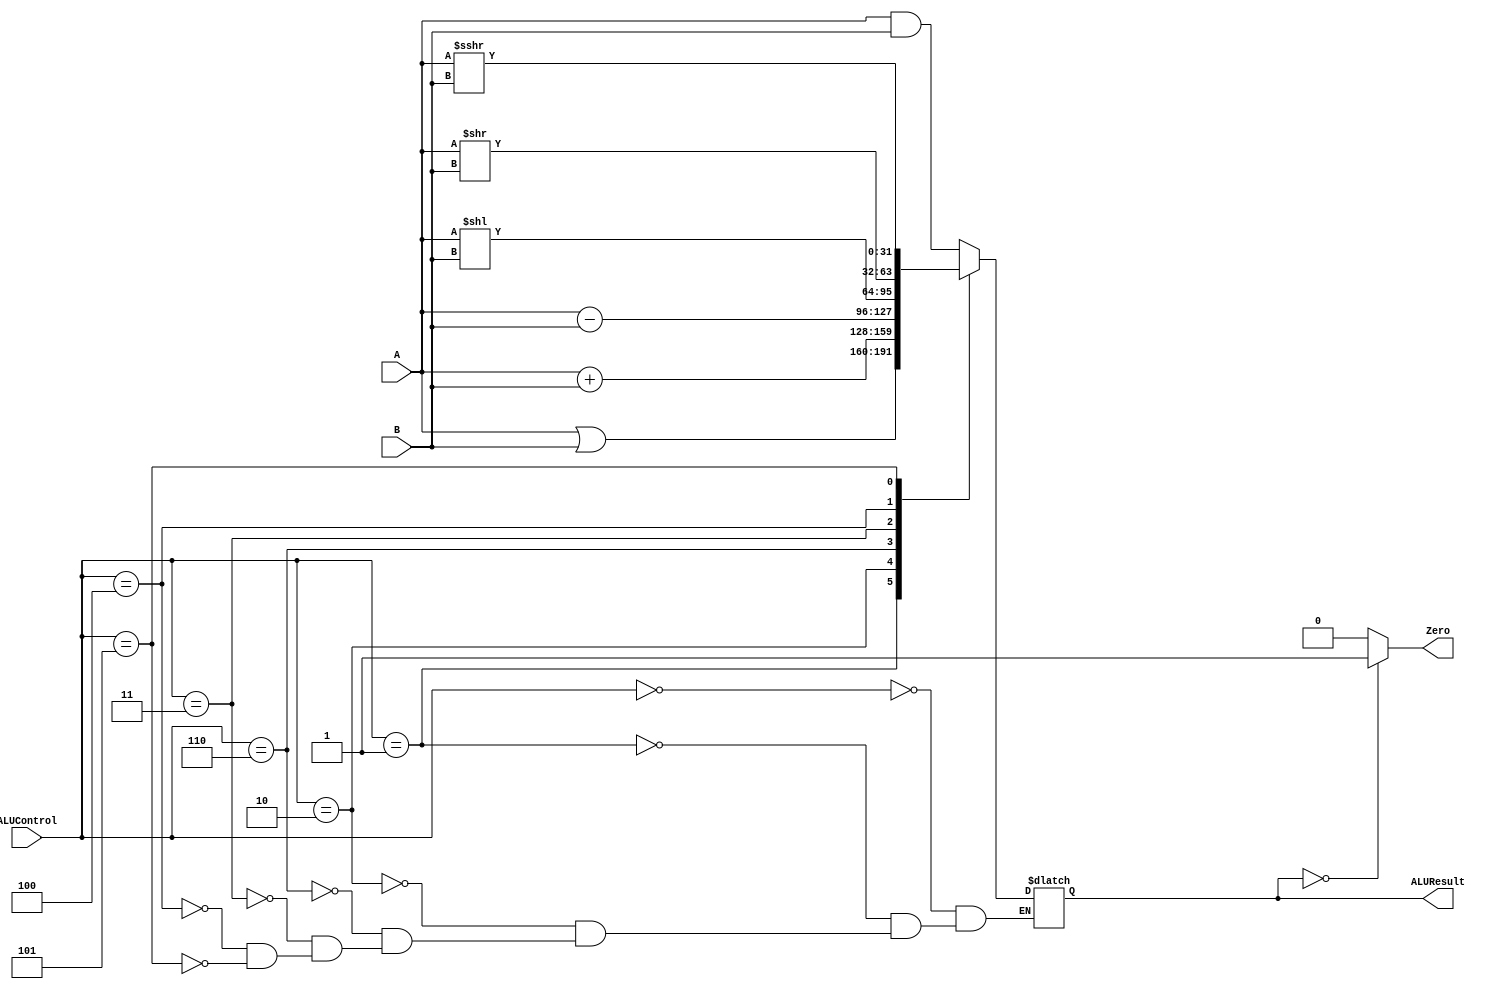
module ALU(ALUControl, A, B, ALUResult, Zero);
    input[3:0] ALUControl;
    input signed [31:0] A, B;

    output reg signed [31:0] ALUResult;
    output reg Zero;

    //RTYPE: ADD, SUB, AND, OR, SLL, SRL, SRA
    //BTYPE: BEQ, BNE
    //ITYPE: LW, ADDI, ORI, ANDI
    //STYPE: SW

    wire signed [31:0] ADD, SUB, AND, OR, SLL, SRL, SRA;
    
    
    assign ADD = A + B;
    assign SUB = A - B;
    assign AND = A & B;
    assign OR = A | B;
    assign SLL = A << B;
    assign SRL = A >> B;
    assign SRA = A >>> B;

    always@(*)
    begin
        case(ALUControl)
            4'b0000: ALUResult <= AND;
            4'b0001: ALUResult <= OR;
            4'b0010: ALUResult <= ADD;
            4'b0110: ALUResult <= SUB;
            4'b0011: ALUResult <= SLL;
            4'b0100: ALUResult <= SRL;
            4'b0101: ALUResult <= SRA;
        endcase

        if(ALUResult == 32'b0)
        begin 
            Zero <= 1'b1;
        end else begin 
            Zero <= 1'b0;
        end
    end


endmodule